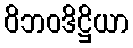
ဝိဘဝဒိဋ္ဌိယာ